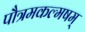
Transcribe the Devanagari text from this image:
पौत्रमकल्मषम्